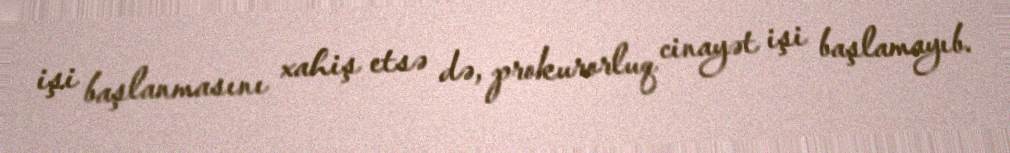
işi başlanmasını xahiş etsə də, prokurorluq cinayət işi başlamayıb.